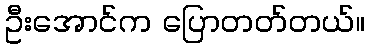
ဦးအောင်က ပြောတတ်တယ်။